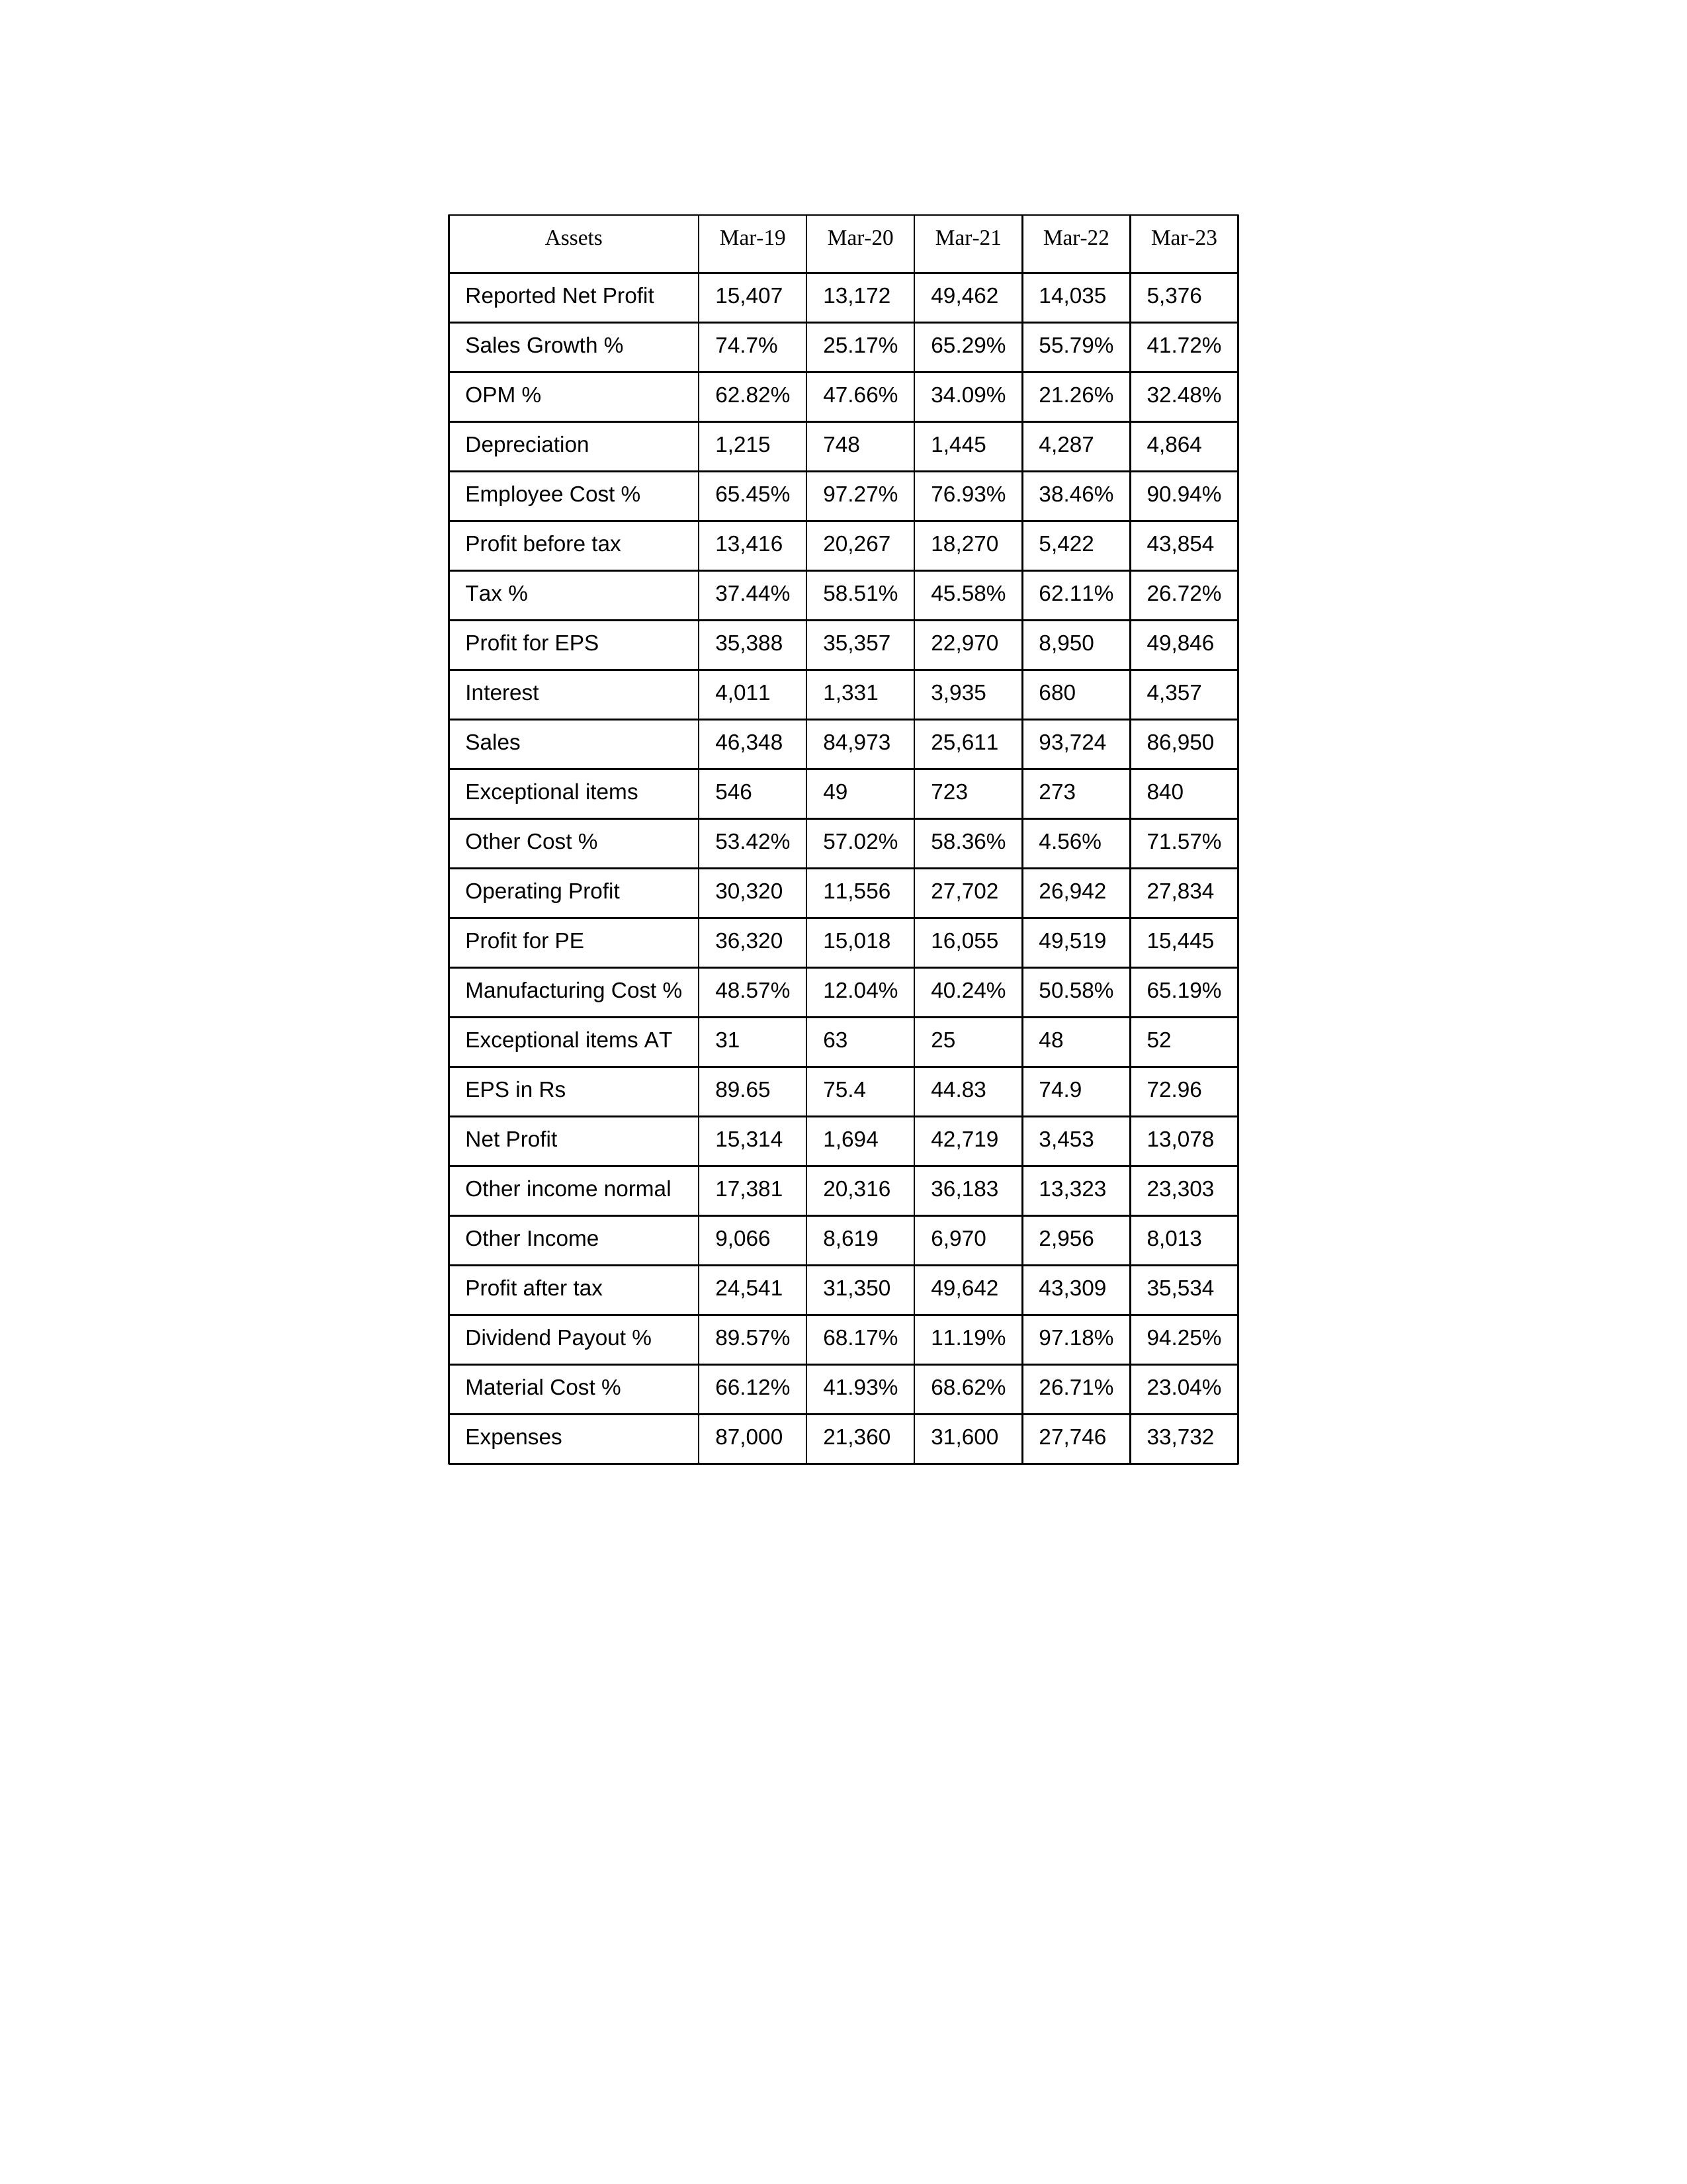
gt_parse: Mar-19: Sales: 46,348
Sales Growth %: 74.7%
Expenses: 87,000
Material Cost %: 66.12%
Manufacturing Cost %: 48.57%
Employee Cost %: 65.45%
Other Cost %: 53.42%
Operating Profit: 30,320
OPM %: 62.82%
Other Income: 9,066
Exceptional items: 546
Other income normal: 17,381
Interest: 4,011
Depreciation: 1,215
Profit before tax: 13,416
Tax %: 37.44%
Net Profit: 15,314
Profit after tax: 24,541
Reported Net Profit: 15,407
Profit for EPS: 35,388
Exceptional items AT: 31
Profit for PE: 36,320
EPS in Rs: 89.65
Dividend Payout %: 89.57%
Mar-20: Sales: 84,973
Sales Growth %: 25.17%
Expenses: 21,360
Material Cost %: 41.93%
Manufacturing Cost %: 12.04%
Employee Cost %: 97.27%
Other Cost %: 57.02%
Operating Profit: 11,556
OPM %: 47.66%
Other Income: 8,619
Exceptional items: 49
Other income normal: 20,316
Interest: 1,331
Depreciation: 748
Profit before tax: 20,267
Tax %: 58.51%
Net Profit: 1,694
Profit after tax: 31,350
Reported Net Profit: 13,172
Profit for EPS: 35,357
Exceptional items AT: 63
Profit for PE: 15,018
EPS in Rs: 75.4
Dividend Payout %: 68.17%
Mar-21: Sales: 25,611
Sales Growth %: 65.29%
Expenses: 31,600
Material Cost %: 68.62%
Manufacturing Cost %: 40.24%
Employee Cost %: 76.93%
Other Cost %: 58.36%
Operating Profit: 27,702
OPM %: 34.09%
Other Income: 6,970
Exceptional items: 723
Other income normal: 36,183
Interest: 3,935
Depreciation: 1,445
Profit before tax: 18,270
Tax %: 45.58%
Net Profit: 42,719
Profit after tax: 49,642
Reported Net Profit: 49,462
Profit for EPS: 22,970
Exceptional items AT: 25
Profit for PE: 16,055
EPS in Rs: 44.83
Dividend Payout %: 11.19%
Mar-22: Sales: 93,724
Sales Growth %: 55.79%
Expenses: 27,746
Material Cost %: 26.71%
Manufacturing Cost %: 50.58%
Employee Cost %: 38.46%
Other Cost %: 4.56%
Operating Profit: 26,942
OPM %: 21.26%
Other Income: 2,956
Exceptional items: 273
Other income normal: 13,323
Interest: 680
Depreciation: 4,287
Profit before tax: 5,422
Tax %: 62.11%
Net Profit: 3,453
Profit after tax: 43,309
Reported Net Profit: 14,035
Profit for EPS: 8,950
Exceptional items AT: 48
Profit for PE: 49,519
EPS in Rs: 74.9
Dividend Payout %: 97.18%
Mar-23: Sales: 86,950
Sales Growth %: 41.72%
Expenses: 33,732
Material Cost %: 23.04%
Manufacturing Cost %: 65.19%
Employee Cost %: 90.94%
Other Cost %: 71.57%
Operating Profit: 27,834
OPM %: 32.48%
Other Income: 8,013
Exceptional items: 840
Other income normal: 23,303
Interest: 4,357
Depreciation: 4,864
Profit before tax: 43,854
Tax %: 26.72%
Net Profit: 13,078
Profit after tax: 35,534
Reported Net Profit: 5,376
Profit for EPS: 49,846
Exceptional items AT: 52
Profit for PE: 15,445
EPS in Rs: 72.96
Dividend Payout %: 94.25%